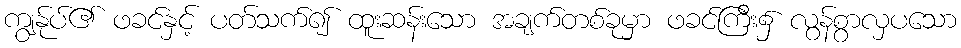
ကျွန်ုပ်၏ ဖခင်နှင့် ပတ်သက်၍ ထူးဆန်းသော အချက်တစ်ခုမှာ ဖခင်ကြီး၌ လွန်စွာလှပသော